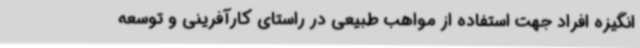
انگیزه افراد جهت استفاده از مواهب طبیعی در راستای کارآفرینی و توسعه